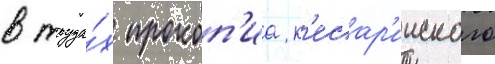
в труда́х прокоп'иа к'есар'ииского